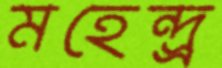
মহেন্দ্র্র